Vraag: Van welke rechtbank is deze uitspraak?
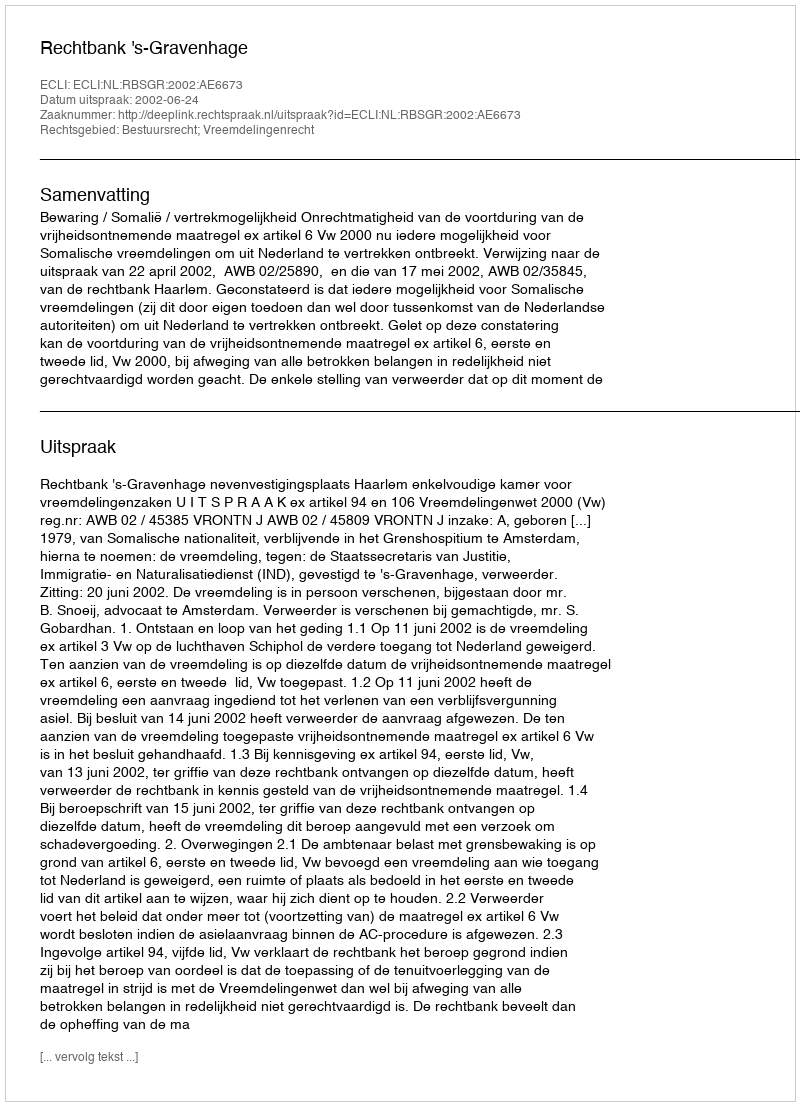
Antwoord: Rechtbank 's-Gravenhage